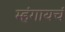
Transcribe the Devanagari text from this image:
म्हंगायचं